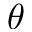
\theta